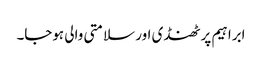
ابراہیم پر ٹھنڈی اور سلامتی والی ہوجا۔